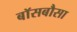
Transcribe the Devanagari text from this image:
बॉसबौसा